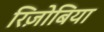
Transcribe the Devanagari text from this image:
रिज़ोबिया